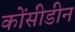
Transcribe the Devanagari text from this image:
कोंसीडीन